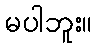
မပါဘူး။